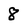
Character: 8